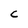
Character: C